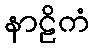
နာဠိကံ